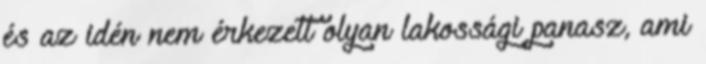
és az idén nem érkezett olyan lakossági panasz, ami